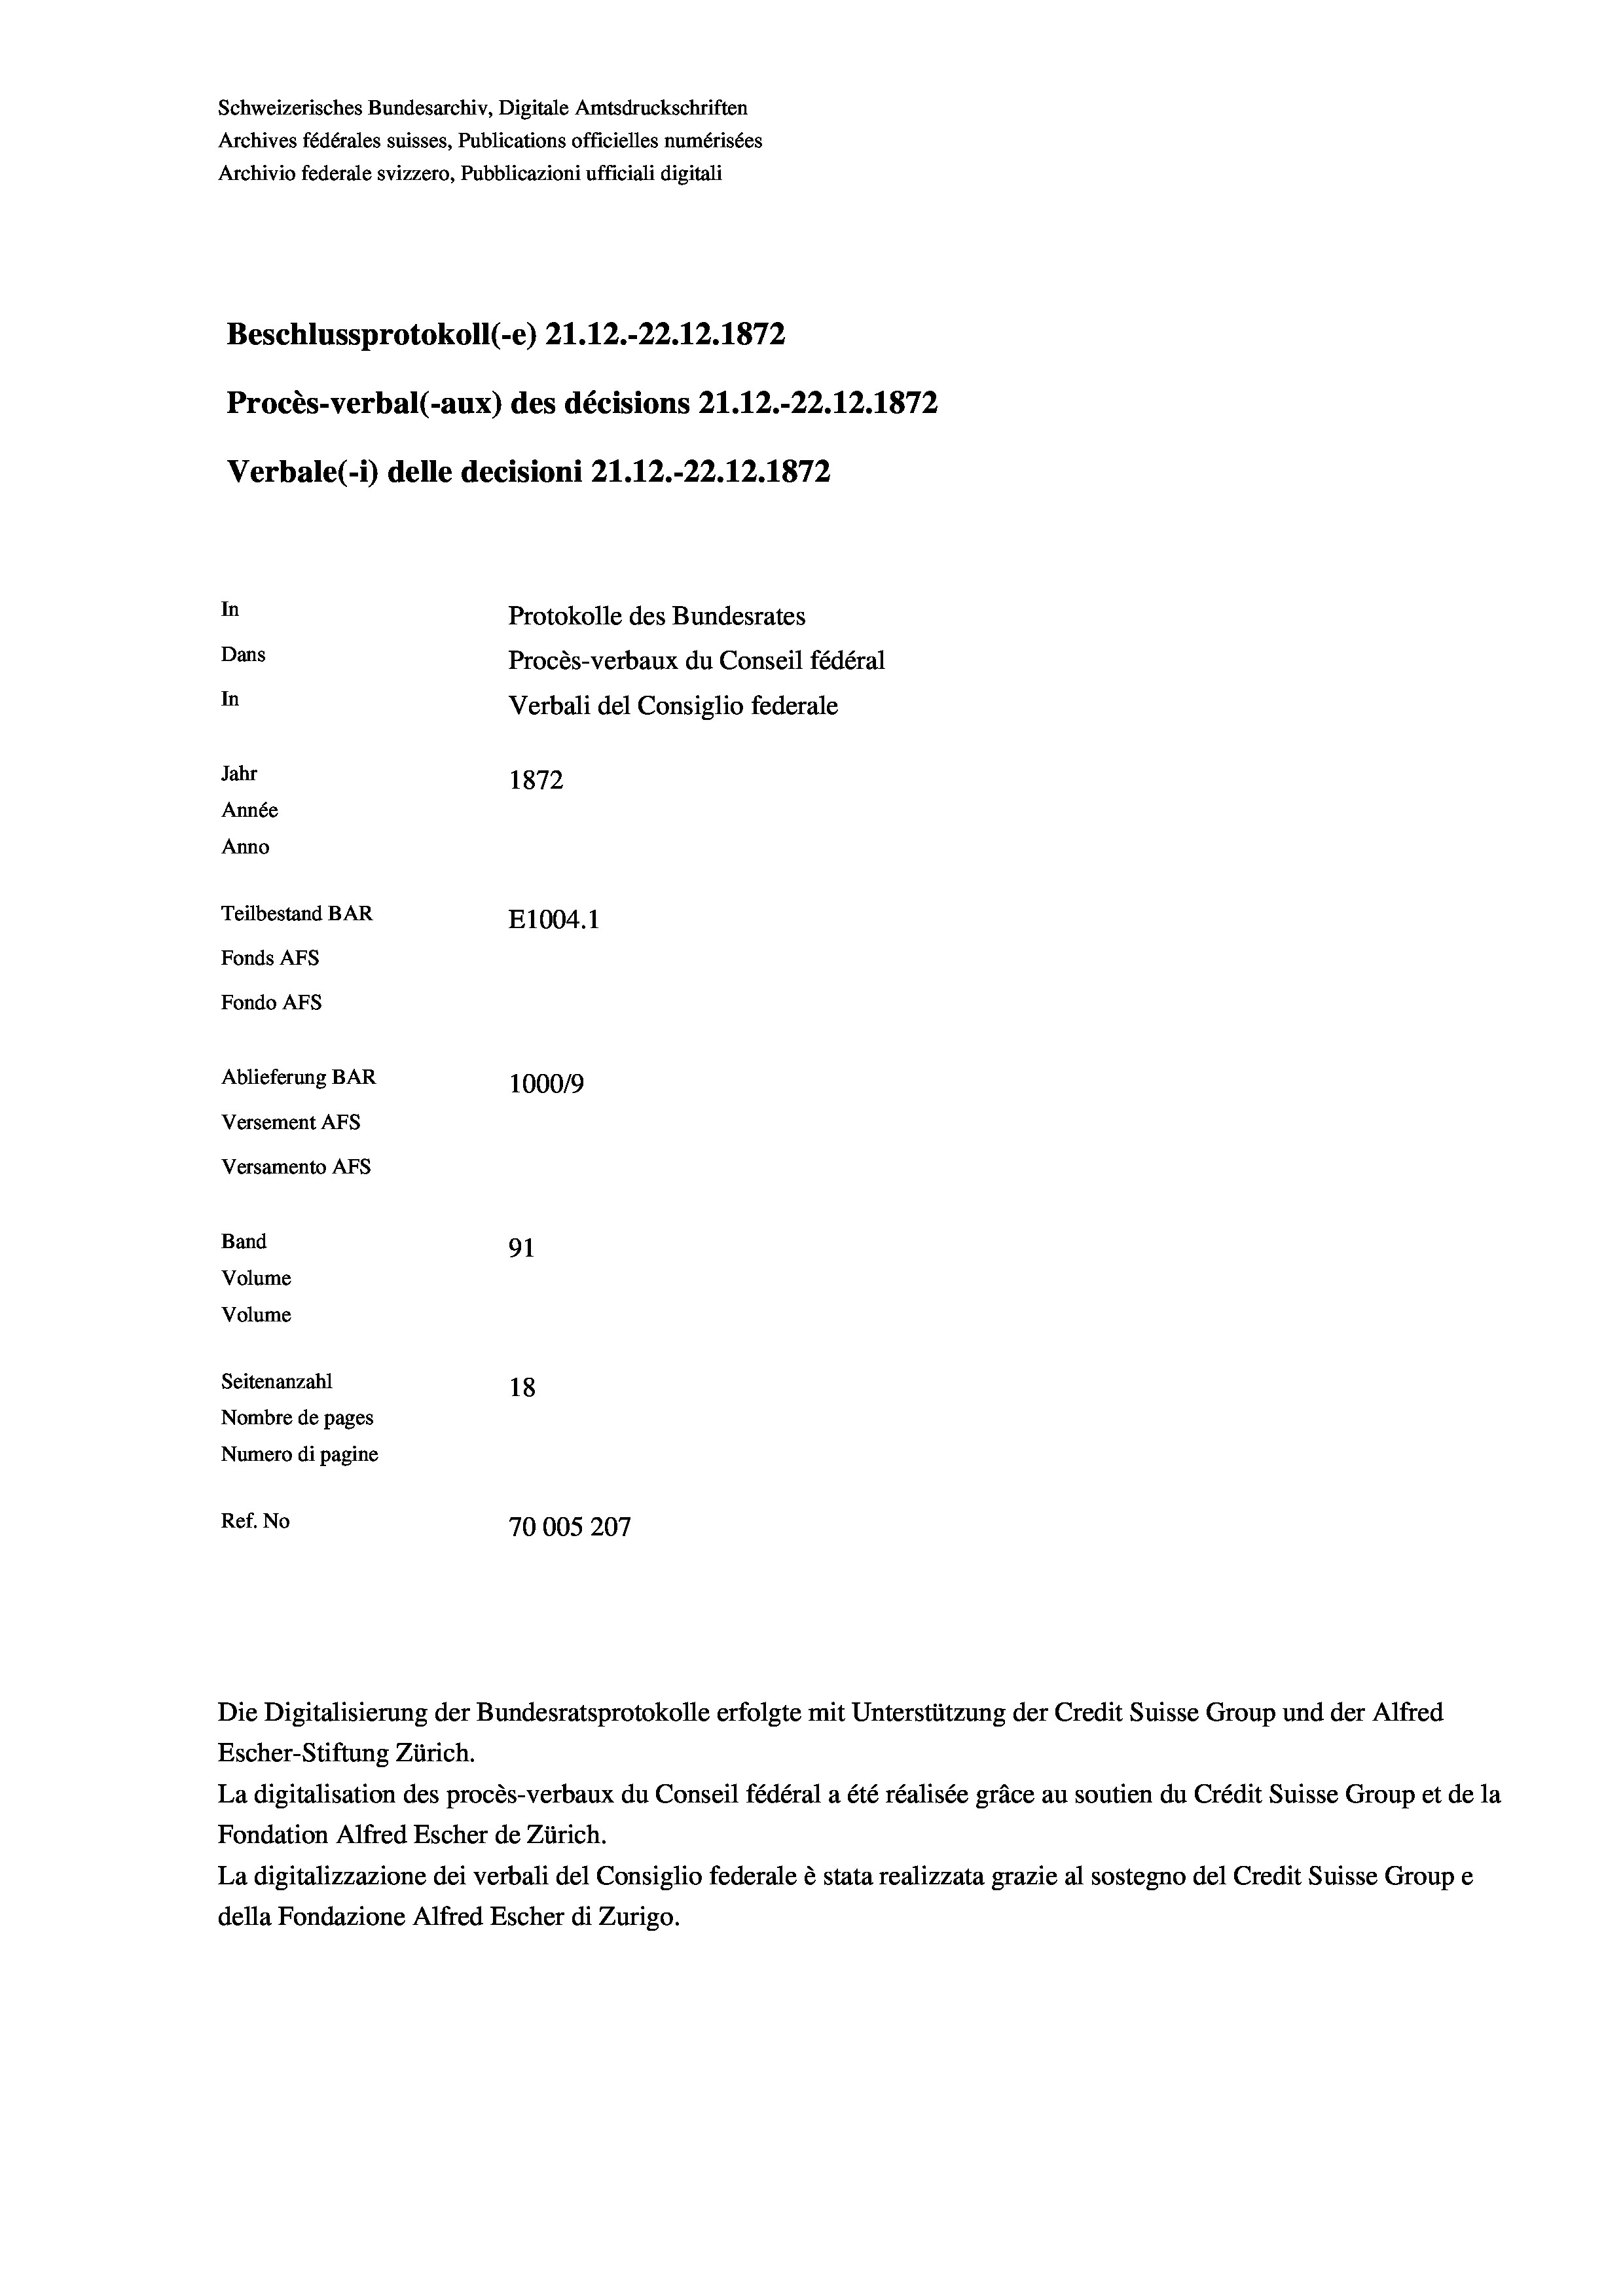
Schweizerisches Bundesarchiv, Digitale Amtsdruckschriften
Archives fédérales suisses, Publications officielles numérisées
Archivio federale svizzero, Pubblicazioni ufficiali digitali
Beschlussprotokoll (-e) 21.12.-22.12.1872
Procès-verbal (-aux) des décisions 21.12.-22.12.1872
Verbale (- 1) delle decisioni 21.12.-22.12.1872
In
Protokolle des Bundesrates
Dans
Procès-verbaux du Conseil fédéral
In
Verbali del Consiglio federale
Jahr
1872
Année
Anno
Teilbestand BAR
E1004. 1
Fonds AFs
Fondo AFS
Ablieferung BAR
100019
Versement AFs
Versamento Afs
Band
91
Volume
Volume
Seitenanzahl
18
Nombre de pages
Numero di pagine
Ref. No
70005207

Escher-Stiftung Zürich.
La digitalisation des procès-verbaux du Conseil fédéral a été réalisée gräce au soutien du Crédit Suisse Group et de la
Fondation Alfred Escher de Zürich.
La digitalizzazione dei verbali del Consiglio federale è stata realizzata grazie al sostegno del Credit Suisse Groupe
della Fondazione Alfred Escher di Zurigo.

Die Digitalisierung der Bundesratsprotokolle erfolgte mit Unterstützung der Credit Suisse Group und der Alfred